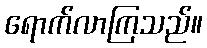
ရောက်လာကြသည်။